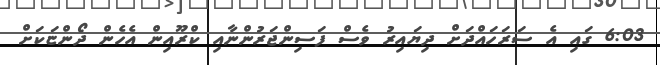
6:03 ގައި އެ ސަރަހައްދަށް ދިޔައިރު ވެސް ފަސިންޖަރުންނާއި ކްރޫއިން އެހެން ދޯންޏަކަށް